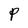
Character: P